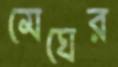
মেঘের